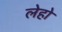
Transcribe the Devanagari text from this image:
लेहो